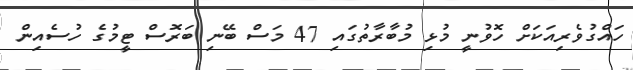
ހައްގުވެރިއަކަށް ހޮވުނީ މުޅި މުބާރާތުގައިި 47 މަސް ބޭނި ބަރޮސް ޓީމުގެ ހުސެއިން